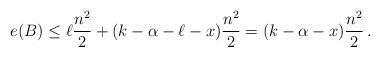
LaTeX: \begin{align*}e(B) \leq \ell\frac{n^2}{2} + (k-\alpha-\ell-x)\frac{n^2}{2} =(k-\alpha - x)\frac{n^2}{2}\,.\end{align*}